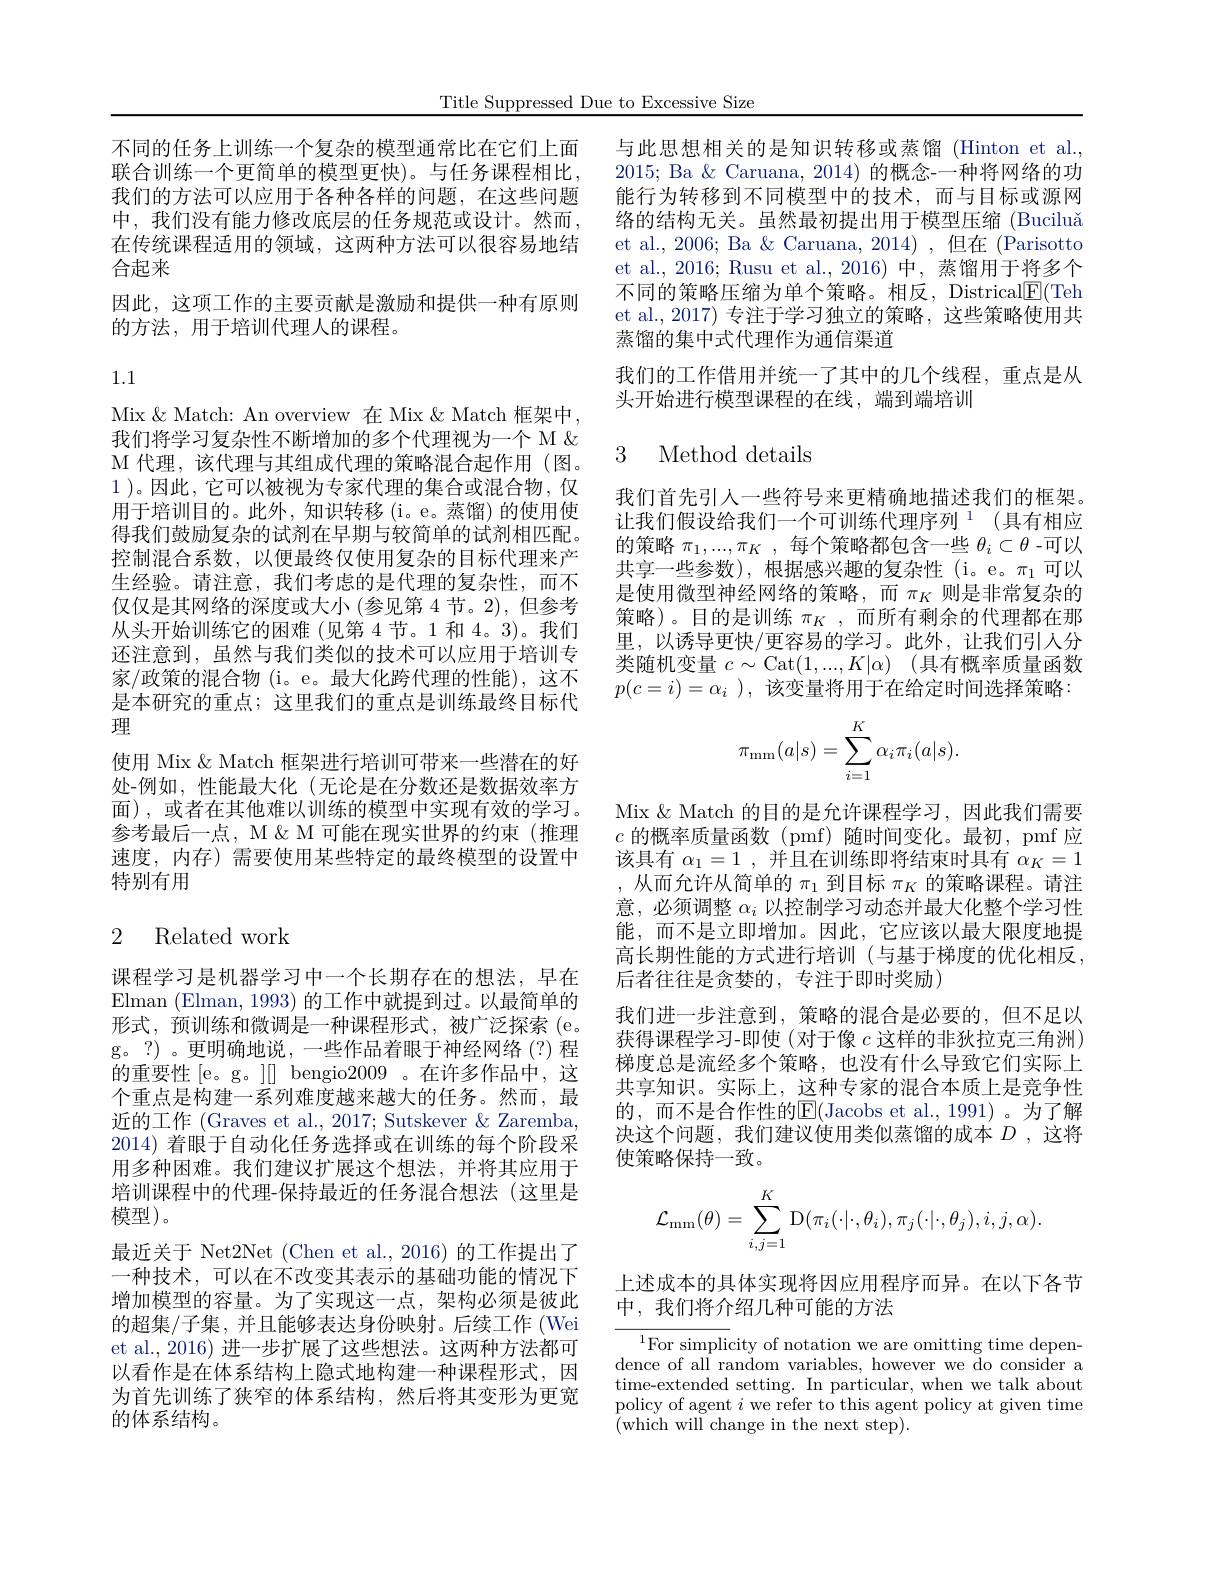
Title Suppressed Due to Excessive Size

不同的任务上训练一个复杂的模型通常比在它们上面 与此思想相关的是知识转移或蒸馏 (Hinton et al., 联合训练一个更简单的模型更快)。与任务课程相比，2015; Ba &Caruana, 2014) 的概念-一种将网络的功我们的方法可以应用于各种各样的问题，在这些问题中，我们没有能力修改底层的任务规范或设计。然而， 在传统课程适用的领域，这两种方法可以很容易地结合起来
因此，这项工作的主要贡献是激励和提供一种有原则
的方法，用于培训代理人的课程。

1.1

Mix & Match: An overview 在 Mix & Match 框架中， 我们将学习复杂性不断增加的多个代理视为一个 M & M 代理，该代理与其组成代理的策略混合起作用(图。1 )。因此，它可以被视为专家代理的集合或混合物，仅用于培训目的。此外，知识转移(i。e。蒸馏)的使用使得我们鼓励复杂的试剂在早期与较简单的试剂相匹配。控制混合系数，以便最终仅使用复杂的目标代理来产生经验。请注意，我们考虑的是代理的复杂性，而不仅仅是其网络的深度或大小(参见第4节。2),但参考从头开始训练它的困难(见第4节。1和 4。3)。我们还注意到，虽然与我们类似的技术可以应用于培训专家/政策的混合物 (i。e。最大化跨代理的性能),这不是本研究的重点；这里我们的重点是训练最终目标代理
使用 Mix & Match 框架进行培训可带来一些潜在的好处-例如，性能最大化(无论是在分数还是数据效率方面),或者在其他难以训练的模型中实现有效的学习。参考最后一点，M & M V能在现实世界的约束(推理速度，内存)需要使用某些特定的最终模型的设置中特别有用

## 2 Related work

课程学习是机器学习中一个长期存在的想法，早在Elman (Elman, 1993) 的工作中就提到过。以最简单的形式，预训练和微调是一种课程形式，被广泛探索(e。g。?) 。更明确地说，一些作品着眼于神经网络(?)程的重要性 [e。g。][] bengio2009 。在许多作品中，这个重点是构建一系列难度越来越大的任务。然而，最近的工作 (Graves et al., 2017; Sutskever & Zaremba, 2014)着眼于自动化任务选择或在训练的每个阶段采用多种困难。我们建议扩展这个想法，并将其应用于培训课程中的代理-保持最近的任务混合想法(这里是模型)。
最近关于 Net2Net (Chen et al.,2016) 的工作提出了一种技术，可以在不改变其表示的基础功能的情况下增加模型的容量。为了实现这一点，架构必须是彼此的超集/子集，并且能够表达身份映射。后续工作 (Wei et al., 2016) 进一步扩展了这些想法。这两种方法都可以看作是在体系结构上隐式地构建一种课程形式，因为首先训练了狭窄的体系结构，然后将其变形为更宽的体系结构。

能行为转移到不同模型中的技术，而与目标或源网络的结构无关。虽然最初提出用于模型压缩(Buciluǎ et al., 2006; Ba & Caruana, 2014) , 但在 (Parisotto et al.,2016; Rusu et al.,2016) 中，蒸馏用于将多个不同的策略压缩为单个策略。相反，Districal$\underline{\mathrm{E}}($Teh et al., 2017) 专注于学习独立的策略，这些策略使用共蒸馏的集中式代理作为通信渠道
我们的工作借用并统一了其中的几个线程，重点是从
头开始进行模型课程的在线，端到端培训

### 3 Method details

我们首先引人一些符号来更精确地描述我们的框架。让我们假设给我们一个可训练代理序列$^1$ (具有相应的策略$\pi_1,...,\pi_K$ ,每个策略都包含一些$\theta_i\subset\theta$ -可以共享一些参数),根据感兴趣的复杂性 (i。e。$\pi_1$可以是使用微型神经网络的策略，而$\pi_K$则是非常复杂的策略)。目的是训练 $\pi_K$,而所有剩余的代理都在那里，以诱导更快/更容易的学习。此外，让我们引人分类随机变量 $c\sim$Cat$( 1, . . . , K| \alpha )$ (具有概率质量函数$p(c=i)=\alpha_i$ ),该变量将用于在给定时间选择策略：
$$\pi_{\mathrm{mm}}(a|s)=\sum_{i=1}^K\alpha_i\pi_i(a|s).$$
Mix & Match 的目的是允许课程学习，因此我们需要$c$ 的概率质量函数(pmf)随时间变化。最初，$\operatorname*{pmf}$应该具有$\alpha_1=1$ ,并且在训练即将结束时具有$\alpha_K=1$ 从而允许从简单的$\pi_1$到目标$\pi_K$的策略课程。请注意，必须调整$\alpha_i$以控制学习动态并最大化整个学习性能，而不是立即增加。因此，它应该以最大限度地提高长期性能的方式进行培训(与基于梯度的优化相反， 后者往往是贪婪的，专注于即时奖励)
我们进一步注意到，策略的混合是必要的，但不足以获得课程学习-即使(对于像$c$这样的非狄拉克三角洲) 梯度总是流经多个策略，也没有什么导致它们实际上共享知识。实际上，这种专家的混合本质上是竞争性的，而不是合作性的$\underline{\mathrm{E}}($Jacobs et al.,1991)。为了解决这个问题，我们建议使用类似蒸馏的成本$D$ ,这将使策略保持一致。
$$\mathcal{L}_{\mathrm{mm}}(\theta)=\sum_{i,j=1}^K\mathrm{D}(\pi_i(\cdot|\cdot,\theta_i),\pi_j(\cdot|\cdot,\theta_j),i,j,\alpha).$$
上述成本的具体实现将因应用程序而异。在以下各节
中，我们将介绍几种可能的方法

$^{1}$For simplicity of notation we are omitting time dependence of all random variables, however we do consider a time-extended setting. In particular, when we talk about policy of agent $i$ we refer to this agent policy at given time $\tilde{(}$which will change in the next step).